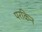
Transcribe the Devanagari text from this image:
परकिन